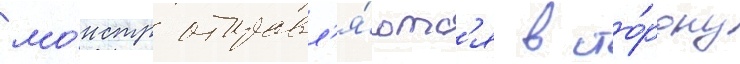
мо́нстр отправл'я́ютс'я в сто́рону